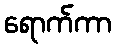
ရောက်ကာ